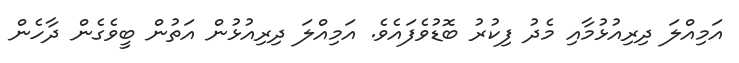
އަމިއްލަ ދިރިއުޅުމާއި މެދު ފިކުރު ބޮޑުވެފައެވެ. އަމިއްލަ ދިރިއުޅުން އަތުން ބީވެގެން ދާހެން